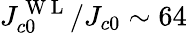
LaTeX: J_{c0}^{\mathrm{~W~L~}}/J_{c0}\sim 64\